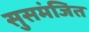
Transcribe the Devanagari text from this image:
सुसमंजित